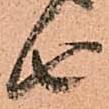
由